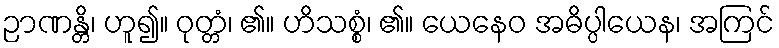
ဉာဏန္တိ၊ ဟူ၍။ ဝုတ္တံ၊ ၏။ ဟိသစ္စံ၊ ၏။ ယေနေဝ အဓိပ္ပါယေန၊ အကြင်